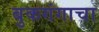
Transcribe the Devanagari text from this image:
बुकगंगाचा